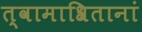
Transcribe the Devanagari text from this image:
त्वामाश्रितानां